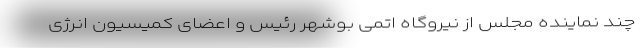
چند نماینده مجلس از نیروگاه اتمی بوشهر رئیس و اعضای کمیسیون انرژی